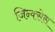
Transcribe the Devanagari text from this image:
जिन्क्सेस